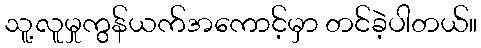
သူ့လူမှုကွန်ယက်အကောင့်မှာ တင်ခဲ့ပါတယ်။